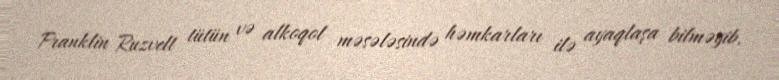
Franklin Ruzvelt tütün və alkoqol məsələsində həmkarları ilə ayaqlaşa bilməyib.